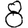
Digit: 8